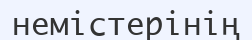
немістерінің